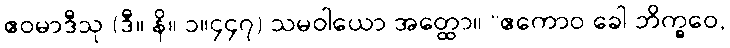
ဧဝမာဒီသု (ဒီ။ နိ။ ၁။၄၄၇) သမဝါယော အတ္ထော။ “ဧကောဝ ခေါ ဘိက္ခဝေ,